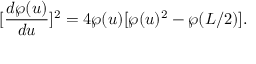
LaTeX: [ \frac { d \wp ( u ) } { d u } ] ^ { 2 } = 4 \wp ( u ) [ \wp ( u ) ^ { 2 } - \wp ( L / 2 ) ] .